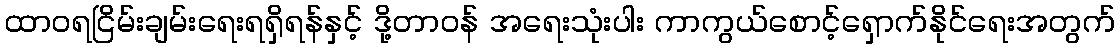
ထာဝရငြိမ်းချမ်းရေးရရှိရန်နှင့် ဒို့တာဝန် အရေးသုံးပါး ကာကွယ်စောင့်ရှောက်နိုင်ရေးအတွက်